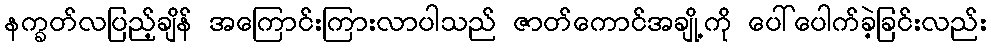
နက္ခတ်လပြည့်ချိန် အကြောင်းကြားလာပါသည် ဇာတ်ကောင်အချို့ကို ပေါ်ပေါက်ခဲ့ခြင်းလည်း